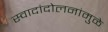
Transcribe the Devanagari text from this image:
स्वादांदोलनांमुळे